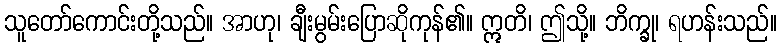
သူတော်ကောင်းတို့သည်။ အာဟု၊ ချီးမွမ်းပြောဆိုကုန်၏။ ဣတိ၊ ဤသို့။ ဘိက္ခု၊ ရဟန်းသည်။